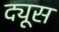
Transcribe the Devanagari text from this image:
द्यूस